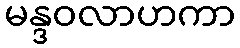
မန္ဒဝလာဟကာ